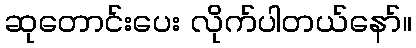
ဆုတောင်းပေး လိုက်ပါတယ်နော်။